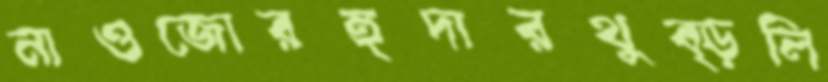
নাওজোরহুদারথুব্‌ড়লি